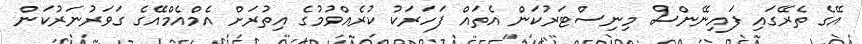
އޭގެ ތެރޭގައި ފައިނޭންސް މިނިސްޓަރުކަން އެތައް ފަހަރަކު ކުރެއްވުމުގެ އިތުރަށް އެމްއެމްއޭގެ ގަވަރުނަރުކަން